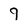
Character: 9